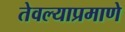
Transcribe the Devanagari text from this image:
तेवल्याप्रमाणे